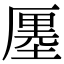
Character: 𠪨